Aleksander_Warma, lk 29
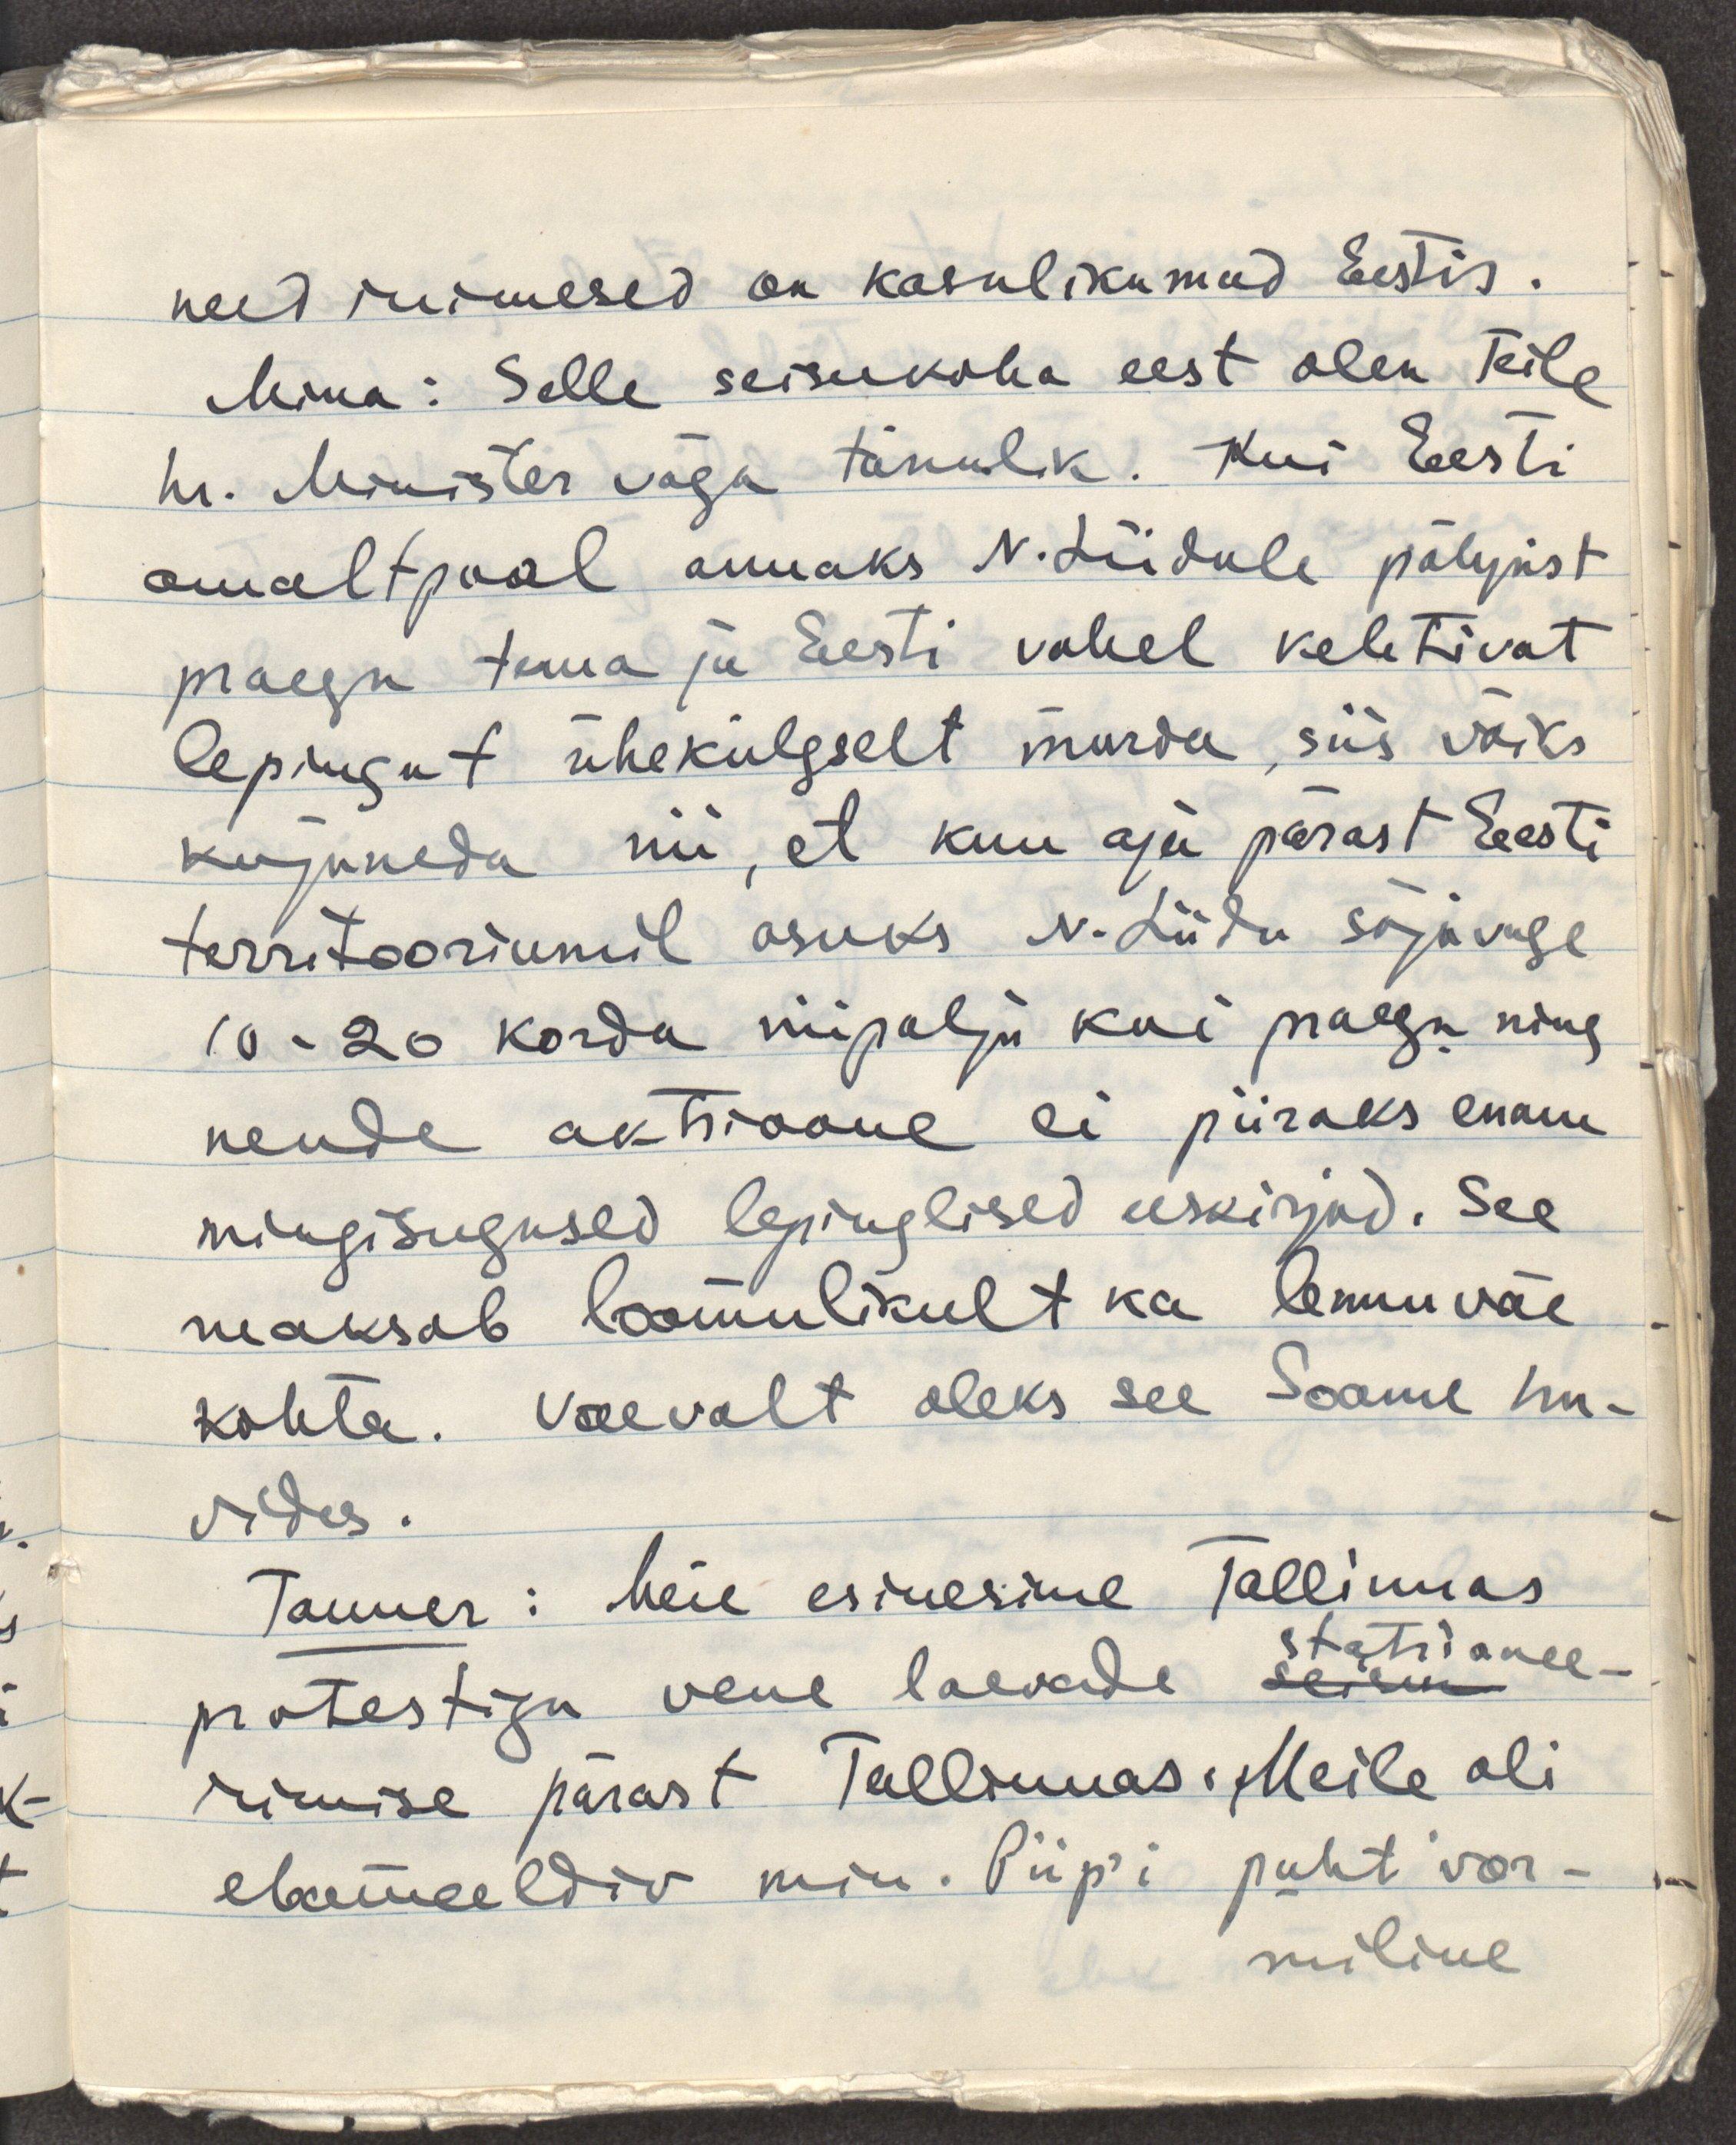
need inimesed on kasulikumad Eestis.
Mina: selle seisukoha eest olen Teile
hr. Minister väga tänulik. Kui Eesti 
omaltpoolt annaks N.Liidule põhjust
praegu tema ja Eesti vahel kehtivat
lepingut ühekülgselt murda, siis võiks
kujuneda nii, et kuu aja pärast Eesti
territooriumil asuks N.Liidu sõjaväge
10-20 korda niipalju kui praegu ning
nende aktsioone ei piiraks enam
mingisugused lepingulised eeskirjad. See
maksab loomulikult ka lennuväe
kohta. Vaevalt oleks see Soome hu-
vides.
Tanner: Meie esinesime Tallinnas 
protestiga vene laevade seisu stationee-
rimise pärast Tallinnas. Meile oli
ebameeldiv min. Piip'i puht vor-
miline